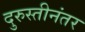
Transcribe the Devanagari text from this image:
दुरुस्तीनंतर